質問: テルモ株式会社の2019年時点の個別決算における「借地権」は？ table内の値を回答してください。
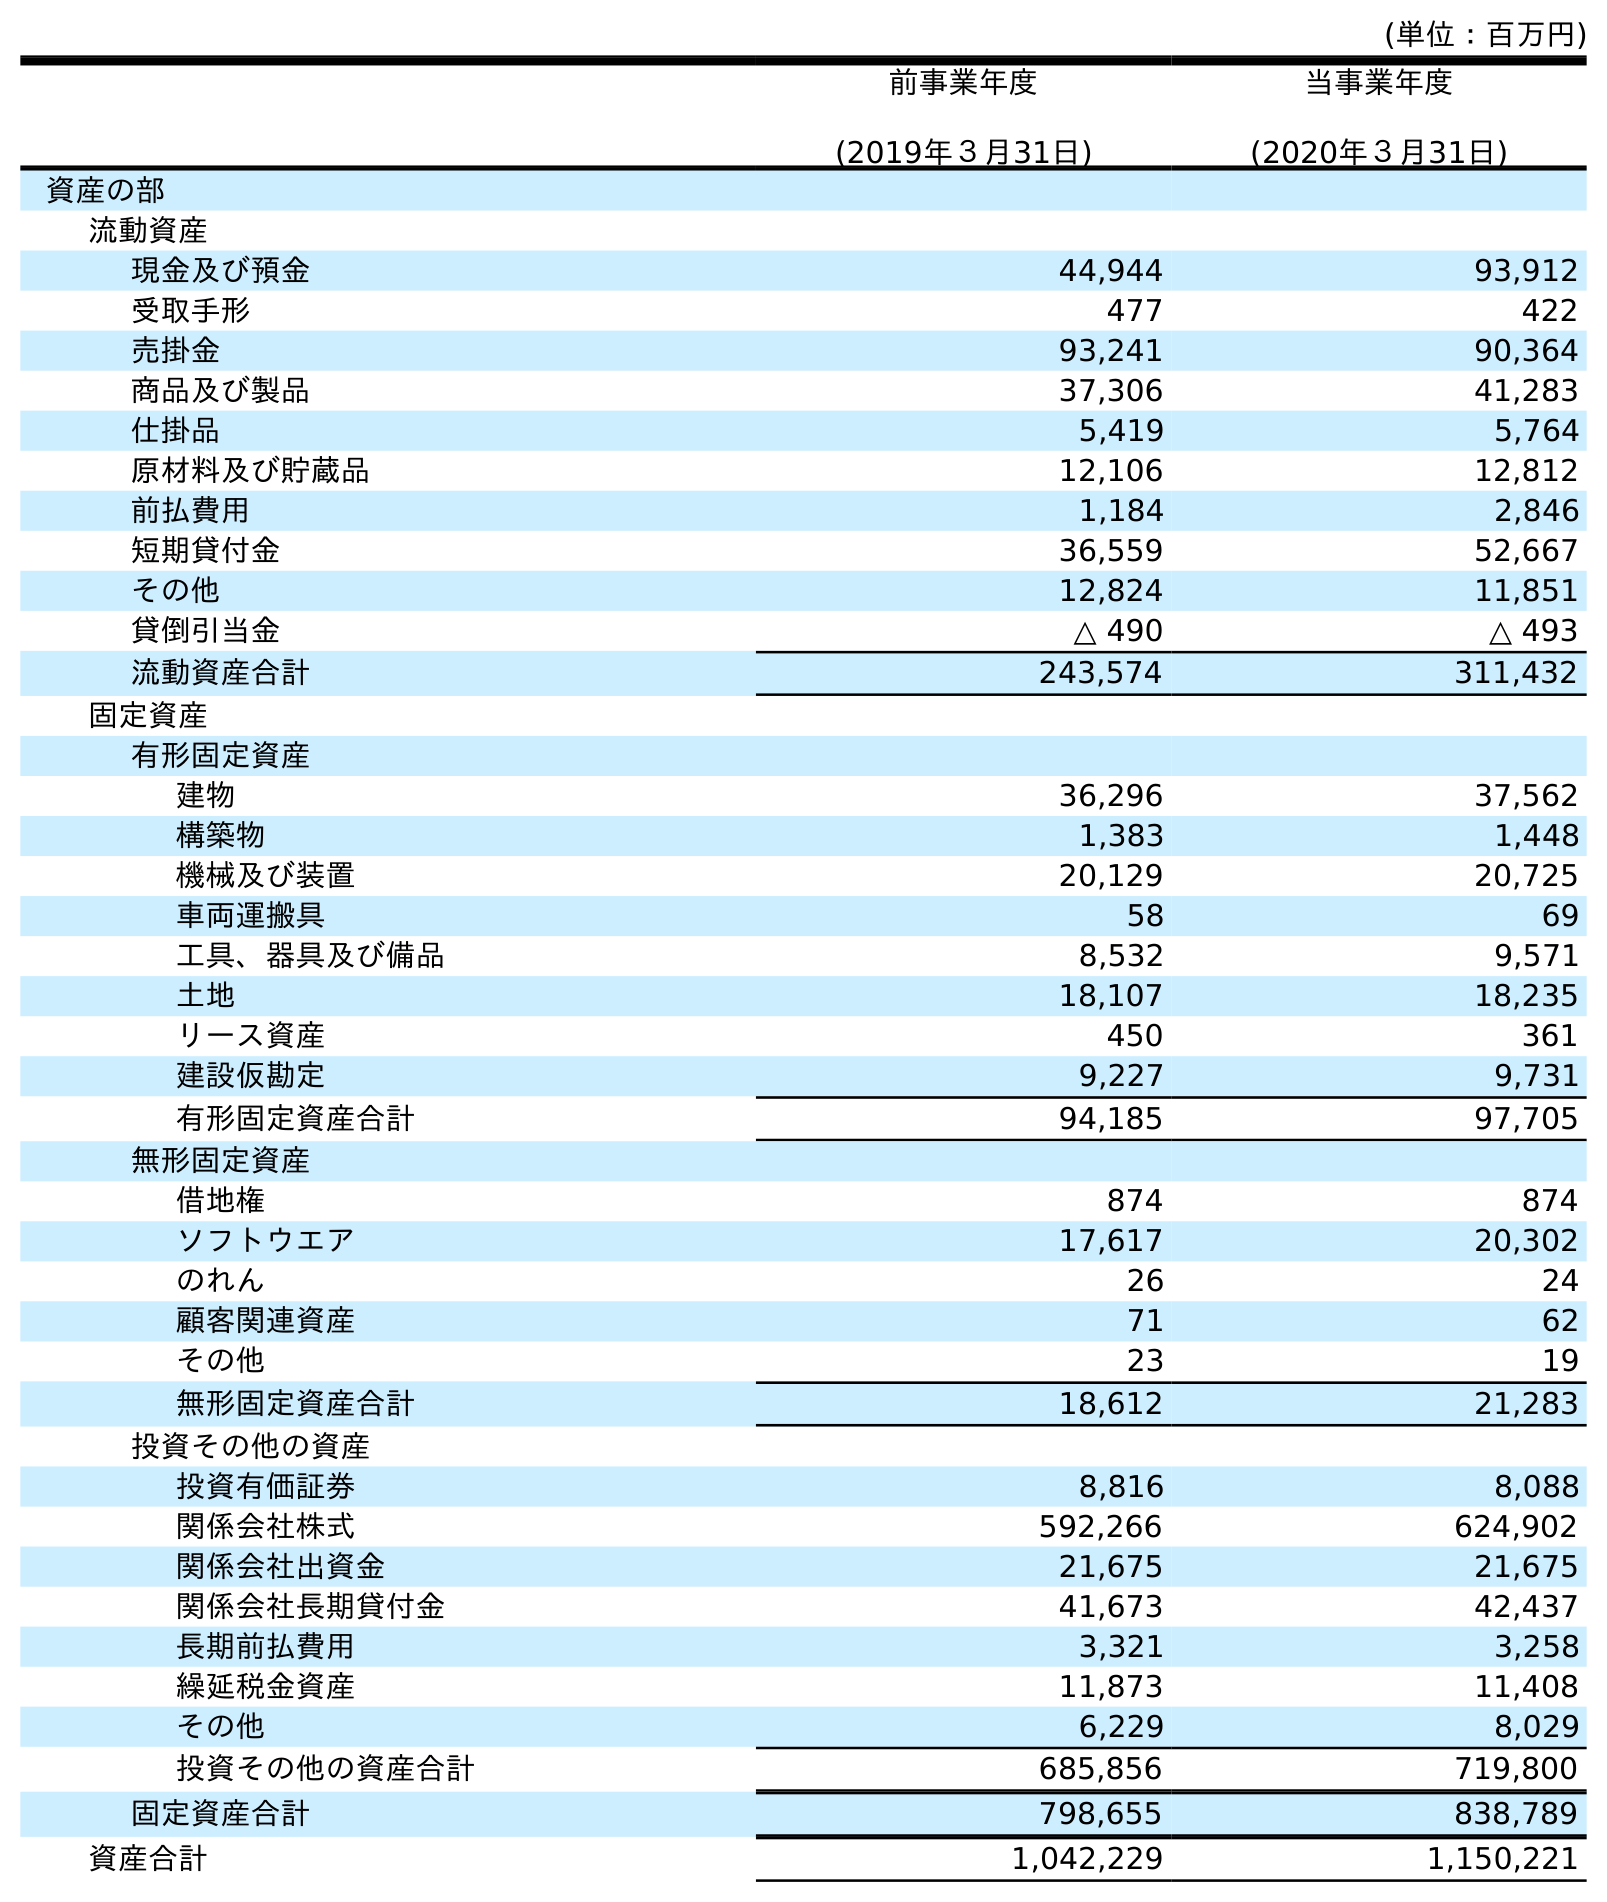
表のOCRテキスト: (単位：百万円) 前事業年度 (2019年３月31日) 当事業年度 (2020年３月31日) 資産の部 流動資産 現金及び預金 44,944 93,912 受取手形 477 422 売掛金 93,241 90,364 商品及び製品 37,306 41,283 仕掛品 5,419 5,764 原材料及び貯蔵品 12,106 12,812 前払費用 1,184 2,846 短期貸付金 36,559 52,667 その他 12,824 11,851 貸倒引当金 △ 490 △ 493 流動資産合計 243,574 311,432 固定資産 有形固定資産 建物 36,296 37,562 構築物 1,383 1,448 機械及び装置 20,129 20,725 車両運搬具 58 69 工具、器具及び備品 8,532 9,571 土地 18,107 18,235 リース資産 450 361 建設仮勘定 9,227 9,731 有形固定資産合計 94,185 97,705 無形固定資産 借地権 874 874 ソフトウエア 17,617 20,302 のれん 26 24 顧客関連資産 71 62 その他 23 19 無形固定資産合計 18,612 21,283 投資その他の資産 投資有価証券 8,816 8,088 関係会社株式 592,266 624,902 関係会社出資金 21,675 21,675 関係会社長期貸付金 41,673 42,437 長期前払費用 3,321 3,258 繰延税金資産 11,873 11,408 その他 6,229 8,029 投資その他の資産合計 685,856 719,800 固定資産合計 798,655 838,789 資産合計 1,042,229 1,150,221
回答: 874